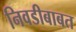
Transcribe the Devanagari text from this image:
निवडीबाबत